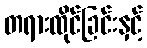
တရားထိုင်ခြင်းနှင့်